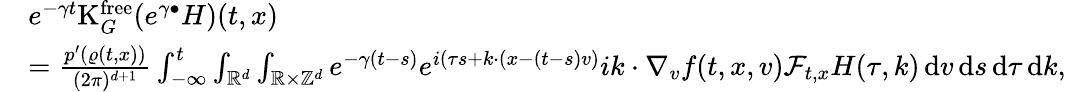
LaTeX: \begin{array}{rl}&{e^{-\gamma t}\mathrm{K}_{G}^{\mathrm{free}}(e^{\gamma\bullet}H)(t,x)}\\ &{=\frac{p^{\prime}(\varrho(t,x))}{(2\pi)^{d+1}}\int_{-\infty}^{t}\int_{\mathbb R^{d}}\int_{\mathbb R\times\mathbb Z^{d}}e^{-\gamma(t-s)}e^{i(\tau s+k\cdot(x-(t-s)v)}ik\cdot\nabla_{v}f(t,x,v)\mathcal{F}_{t,x}H(\tau,k)\, \mathrm{d}v\, \mathrm{d}s\, \mathrm{d}\tau\, \mathrm{d}k,}\end{array}